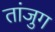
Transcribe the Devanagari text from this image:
तांजुग